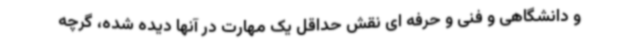
و دانشگاهی و فنی و حرفه ای نقش حداقل یک مهارت در آنها دیده شده، گرچه